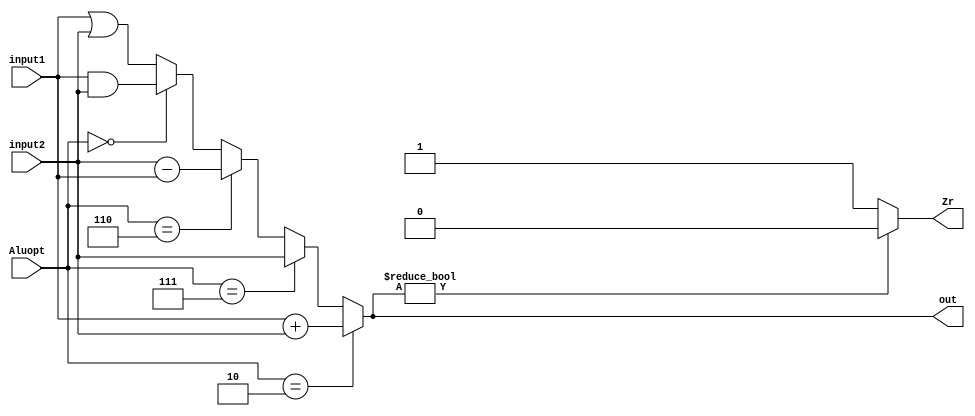
module ALU( input1,input2,Aluopt,Zr,out);
input [0:63]input1;
input [0:63]input2;
input[0:3]Aluopt;
output Zr;
output reg [0:63] out;

assign Zr=out?0:1;
always @(input1,input2,Aluopt)
begin
if(Aluopt==4'b0010)
  out<=input1+input2;
else if(Aluopt==4'b0111)
  out<=input2;
else if(Aluopt==4'b0110)
  out<=input2-input1;
else if(Aluopt==4'b0000)
  out<=input1&input2;
else 
  out<=input1|input2;





end
endmodule